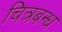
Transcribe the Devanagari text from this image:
चित्रबन्ध